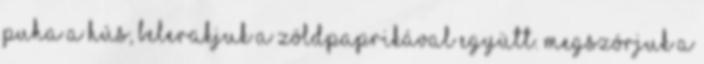
puha a hús, belerakjuk a zöldpaprikával együtt. Megszórjuk a